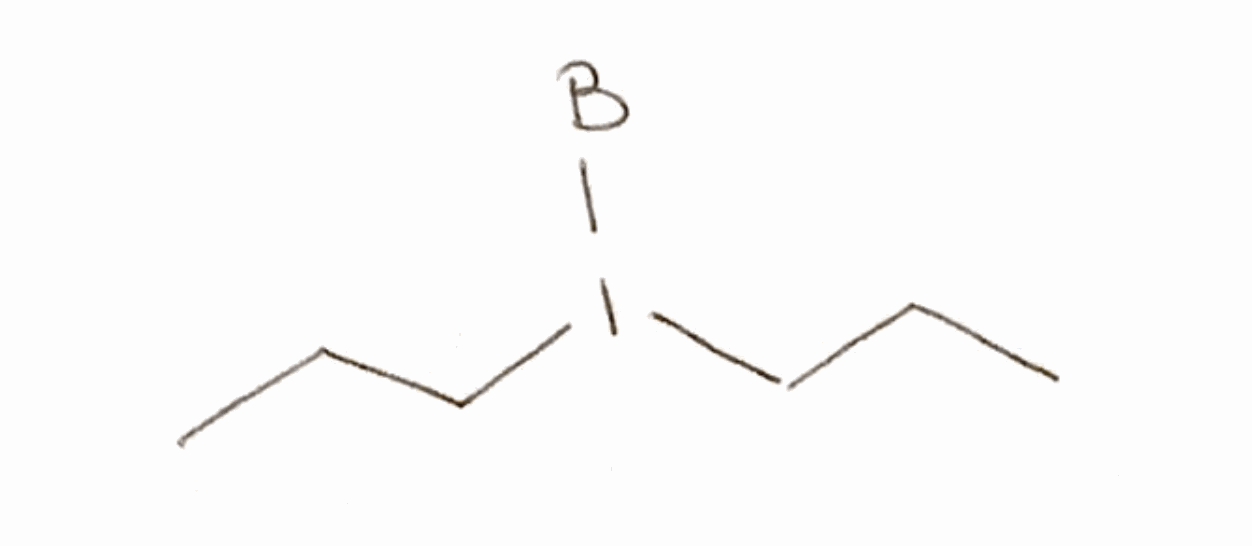
Simplified molecular-input line-entry system (SMILES) notation of the given molecule:
[B]I(CCC)CCC